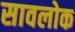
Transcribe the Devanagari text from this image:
सावलोक